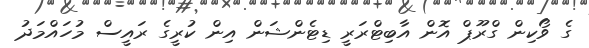
ގެ ވޯކިން ގްރޫޕް އޮން އާބިޓްރަރީ ޑިޓެންޝަން އިން ކުރީގެ ރައީސް މުހައްމަދު